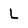
Character: L